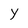
Character: y